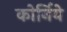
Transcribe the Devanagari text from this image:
कोर्निये